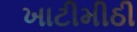
ખાટીમીઠી